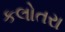
કલોતરા